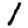
Digit: 1